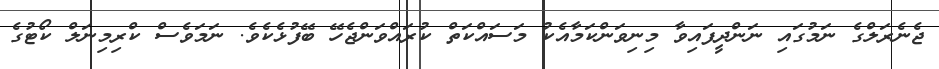
ޖެނެރަލްގެ ނަމުގައި ނަންދީފައިވާ މިނިވަންކަމާއެކު މަސައްކަތް ކުރައްވަންޖެހޭ ބޭފުޅެކެވެ. ނަމަވެސް ކްރިމިނަލް ކޯޓުގެ